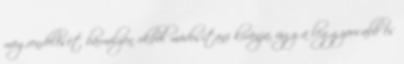
megrendelését bármilyen okból módosítani kívánja, úgy a leggyorsabb és